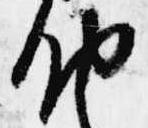
納